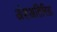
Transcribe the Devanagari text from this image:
अंशअतिरिक्त